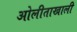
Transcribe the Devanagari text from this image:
ओलीताखाली